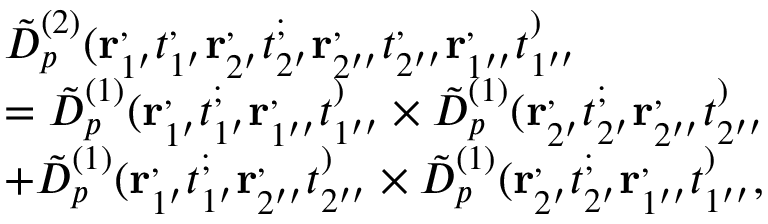
\begin{array} { r l } & { \tilde { D } _ { p } ^ { ( 2 ) } ( \mathbf { r } _ { 1 ^ { \prime } } ^ , t _ { 1 ^ { \prime } } ^ , \mathbf { r } _ { 2 ^ { \prime } } ^ , t _ { 2 ^ { \prime } } ^ ; \mathbf { r } _ { 2 ^ { \prime \prime } } ^ , t _ { 2 ^ { \prime \prime } } ^ , \mathbf { r } _ { 1 ^ { \prime \prime } } ^ , t _ { 1 ^ { \prime \prime } } ^ ) } \\ & { = \tilde { D } _ { p } ^ { ( 1 ) } ( \mathbf { r } _ { 1 ^ { \prime } } ^ , t _ { 1 ^ { \prime } } ^ ; \mathbf { r } _ { 1 ^ { \prime \prime } } ^ , t _ { 1 ^ { \prime \prime } } ^ ) \times \tilde { D } _ { p } ^ { ( 1 ) } ( \mathbf { r } _ { 2 ^ { \prime } } ^ , t _ { 2 ^ { \prime } } ^ ; \mathbf { r } _ { 2 ^ { \prime \prime } } ^ , t _ { 2 ^ { \prime \prime } } ^ ) } \\ & { + \tilde { D } _ { p } ^ { ( 1 ) } ( \mathbf { r } _ { 1 ^ { \prime } } ^ , t _ { 1 ^ { \prime } } ^ ; \mathbf { r } _ { 2 ^ { \prime \prime } } ^ , t _ { 2 ^ { \prime \prime } } ^ ) \times \tilde { D } _ { p } ^ { ( 1 ) } ( \mathbf { r } _ { 2 ^ { \prime } } ^ , t _ { 2 ^ { \prime } } ^ ; \mathbf { r } _ { 1 ^ { \prime \prime } } ^ , t _ { 1 ^ { \prime \prime } } ^ ) , } \end{array}